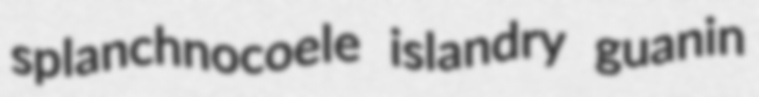
splanchnocoele islandry guanin